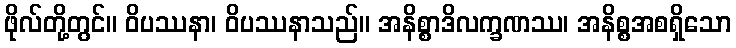
ဖိုလ်တို့တွင်။ ဝိပဿနာ၊ ဝိပဿနာသည်။ အနိစ္စာဒိလက္ခဏဿ၊ အနိစ္စအစရှိသော